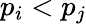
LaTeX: p_{i}<p_{j}